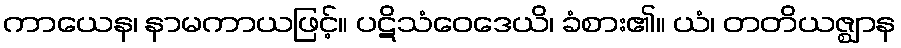
ကာယေန၊ နာမကာယဖြင့်။ ပဋိသံဝေဒေယိ၊ ခံစား၏။ ယံ၊ တတိယဇ္ဈာန